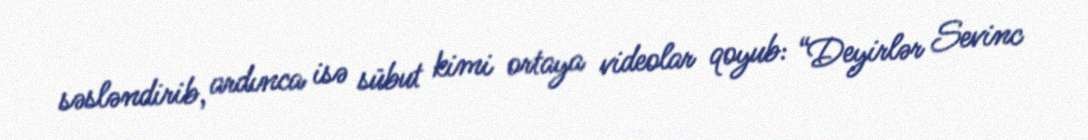
səsləndirib, ardınca isə sübut kimi ortaya videolar qoyub: “Deyirlər Sevinc